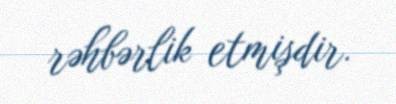
rəhbərlik etmişdir.